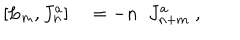
LaTeX: [ L _ { m } , J _ { n } ^ { a } ] \quad = - n \; \; J _ { n + m } ^ { a } \; ,